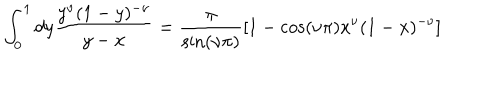
\int _ { 0 } ^ { 1 } d y \frac { y ^ { \nu } ( 1 - y ) ^ { - \nu } } { y - x } = \frac { \pi } { \sin ( \nu \pi ) } \left[ 1 - \cos ( \nu \pi ) x ^ { \nu } ( 1 - x ) ^ { - \nu } \right]